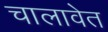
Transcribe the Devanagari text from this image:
चालावेत